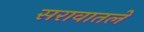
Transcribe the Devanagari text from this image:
सरावातले